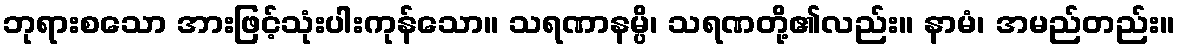
ဘုရားစသော အားဖြင့်သုံးပါးကုန်သော။ သရဏာနမ္ပိ၊ သရဏတို့၏လည်း။ နာမံ၊ အမည်တည်း။